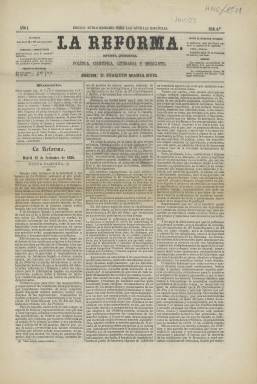
Título: La Reforma (Madrid. 1866. Ed. extraordinaria para las Antillas Españolas)
Otros títulos: Reforma, ed. extraordinaria para las Antillas Españolas
Colección: Revistas de información general
Ámbito geográfico: Madrid
Lugar de publicación: Madrid
Fechas: 12/09/1866-27/09/1866